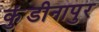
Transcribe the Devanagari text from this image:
कुंडीनापुर